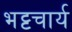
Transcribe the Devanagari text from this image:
भट्टचार्य